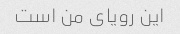
این رویای من است